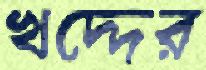
খদ্দের